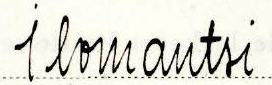
Ilomantsi